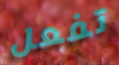
تفعل